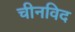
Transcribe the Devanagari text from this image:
चीनविद